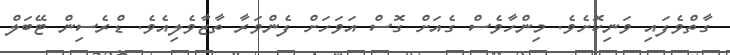
ގާތްވެފައި ވަނިކޮށެވެ. މިންހާވެސް ގެއަށް ގޮސް އަވަހަށް ފެންވަރާ ތާޒާވެލިއެވެ. ޑްރެސިން ޓޭބަލް